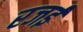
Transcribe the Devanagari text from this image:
रजई